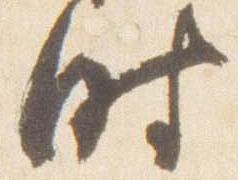
時